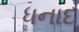
ધનાદ